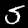
Label: 5